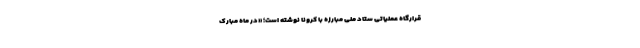
قرارگاه عملیاتی ستاد ملی مبارزه با کرونا نوشته است؛ «در ماه مبارک